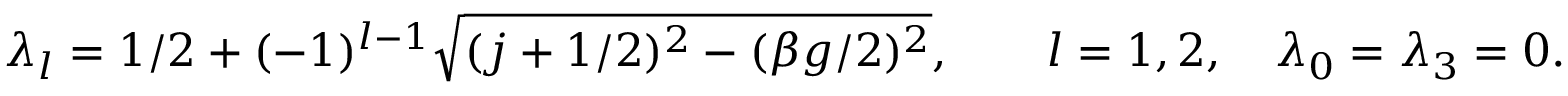
\lambda _ { l } = 1 / 2 + ( - 1 ) ^ { l - 1 } \sqrt { ( j + 1 / 2 ) ^ { 2 } - ( \beta g / 2 ) ^ { 2 } } , \qquad l = 1 , 2 , \quad \lambda _ { 0 } = \lambda _ { 3 } = 0 .